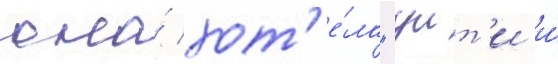
она́ хот'е́ла "уит'и и́